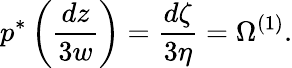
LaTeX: p^{*}\left(\frac{dz}{3w}\right)=\frac{d\zeta}{3\eta}=\Omega^{(1)}.